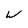
Character: W